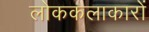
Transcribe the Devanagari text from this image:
लोककलाकारों